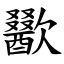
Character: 歠